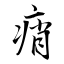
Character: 痟